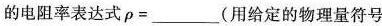
的电阻率表达式$$\rho=___$$(用给定的物理量符号